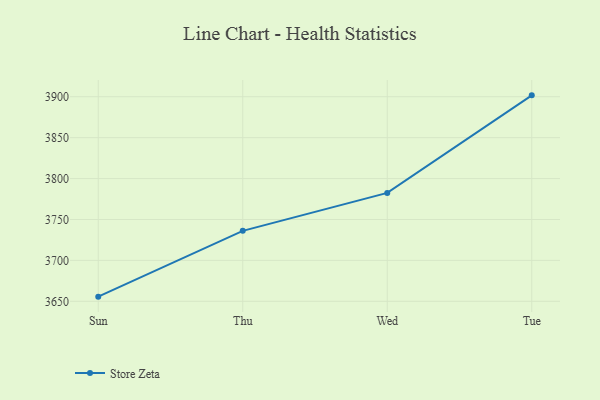
{"axis": {"x": "Day", "y": "Customer Acquisition Cost (USD)"}, "legend": ["Store Zeta"], "data": [{"x": "Sun", "y": 3655.7, "type": "Store Zeta"}, {"x": "Thu", "y": 3736.1, "type": "Store Zeta"}, {"x": "Wed", "y": 3782.5, "type": "Store Zeta"}, {"x": "Tue", "y": 3901.7, "type": "Store Zeta"}]}